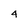
Character: 4